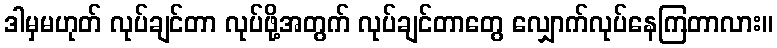
ဒါမှမဟုတ် လုပ်ချင်တာ လုပ်ဖို့အတွက် လုပ်ချင်တာတွေ လျှောက်လုပ်နေကြတာလား။